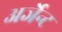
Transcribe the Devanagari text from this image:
अर्जेन्ट